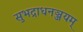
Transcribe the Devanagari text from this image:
सुभद्राधनञ्जयम्